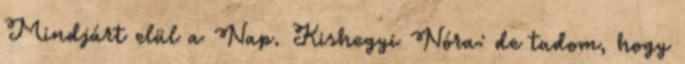
Mindjárt elül a Nap. Kishegyi Nóra: de tudom, hogy